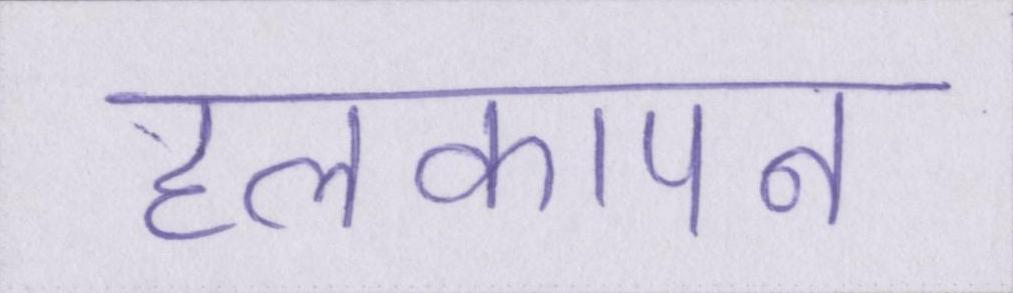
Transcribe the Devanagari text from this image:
हलकापन